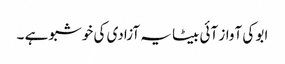
ابو کی آواز آئی بیٹا یہ آزادی کی خوشبو ہے ۔